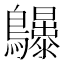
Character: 𱉆